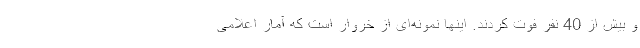
و بیش از 40 نفر فوت کردند. اینها نمونه‌ای از خروار است که آمار اعلامی